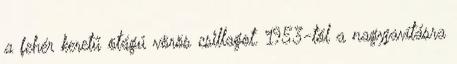
a fehér keretű ötágú vörös csillagot. 1953-tól a nagyjavításra